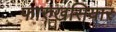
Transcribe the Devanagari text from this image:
फारुखसियार